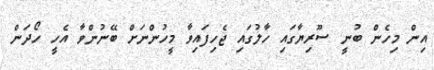
އިން މިހެން ބުނީ ސޫރިޔާގައި ހާލުގައި ޖެހިފައިވާ މީހުންނަށް ބޭނުންވާ އެހީ ހޯދަން